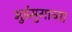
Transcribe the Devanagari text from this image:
भुईमुगाच्या